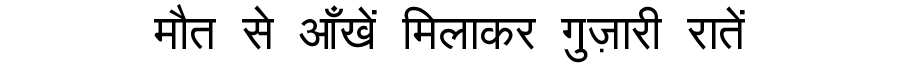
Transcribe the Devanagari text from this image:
मौत से आँखें मिलाकर गुज़ारी रातें